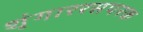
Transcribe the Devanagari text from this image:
शृंगाररसपरक